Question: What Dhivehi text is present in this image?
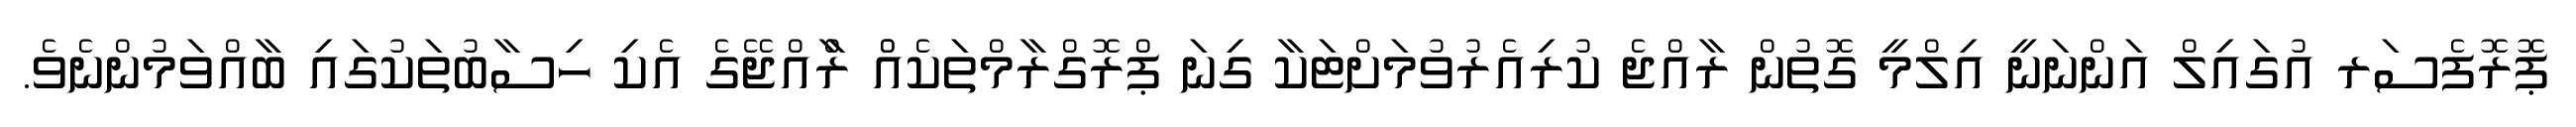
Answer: ޕޮރޮފެސަރ އުގައިލް އަންނަނީ އިލްމީ ގޮތުން ރާއްޖެ ކުރިއެރުވުމަށްޓަކާ ގިނަ ޕްރޮގްރާމްތަކެއްް ރާްއްޖޭގެ އެކި ހިސާބުތަކުގައި ބާއްވަމުންނެވެ.